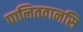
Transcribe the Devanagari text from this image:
पालितवानसि